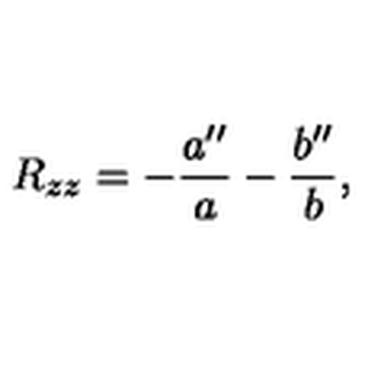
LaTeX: R _ { z z } = - { \frac { a ^ { \prime \prime } } { a } } - { \frac { b ^ { \prime \prime } } { b } } ,